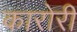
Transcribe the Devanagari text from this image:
कारोरी